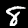
Label: 8